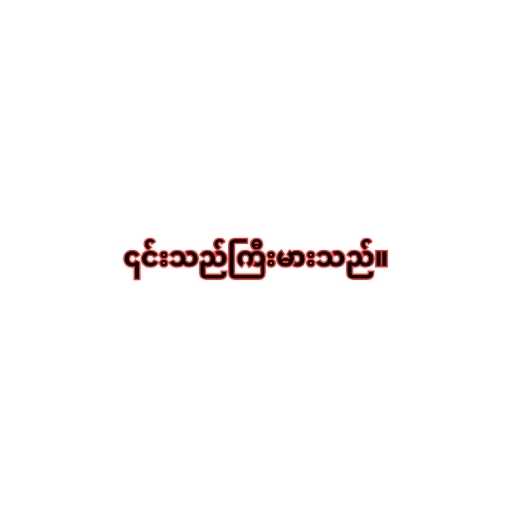
၎င်းသည်ကြီးမားသည်။